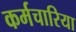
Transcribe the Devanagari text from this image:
कर्मचारिया